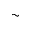
\sim